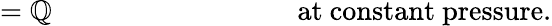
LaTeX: =\mathbb{Q}\, \, \, \, \, \, \, \, \, \, \, \, \, \, \, \, \, \, \, \, \, \, \, \, \, \, \, \, \, \, \, \, \, \, \, \, \, \, \, \, \, \, \, \, \, \, \, \, \, \, \, \, {\mathrm{{at~constant~pressure.}}}